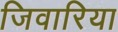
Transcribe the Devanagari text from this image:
जिवारिया